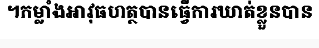
។កម្លាំងអាវុធហត្ថបានធ្វើការឃាត់ខ្លួនបាន